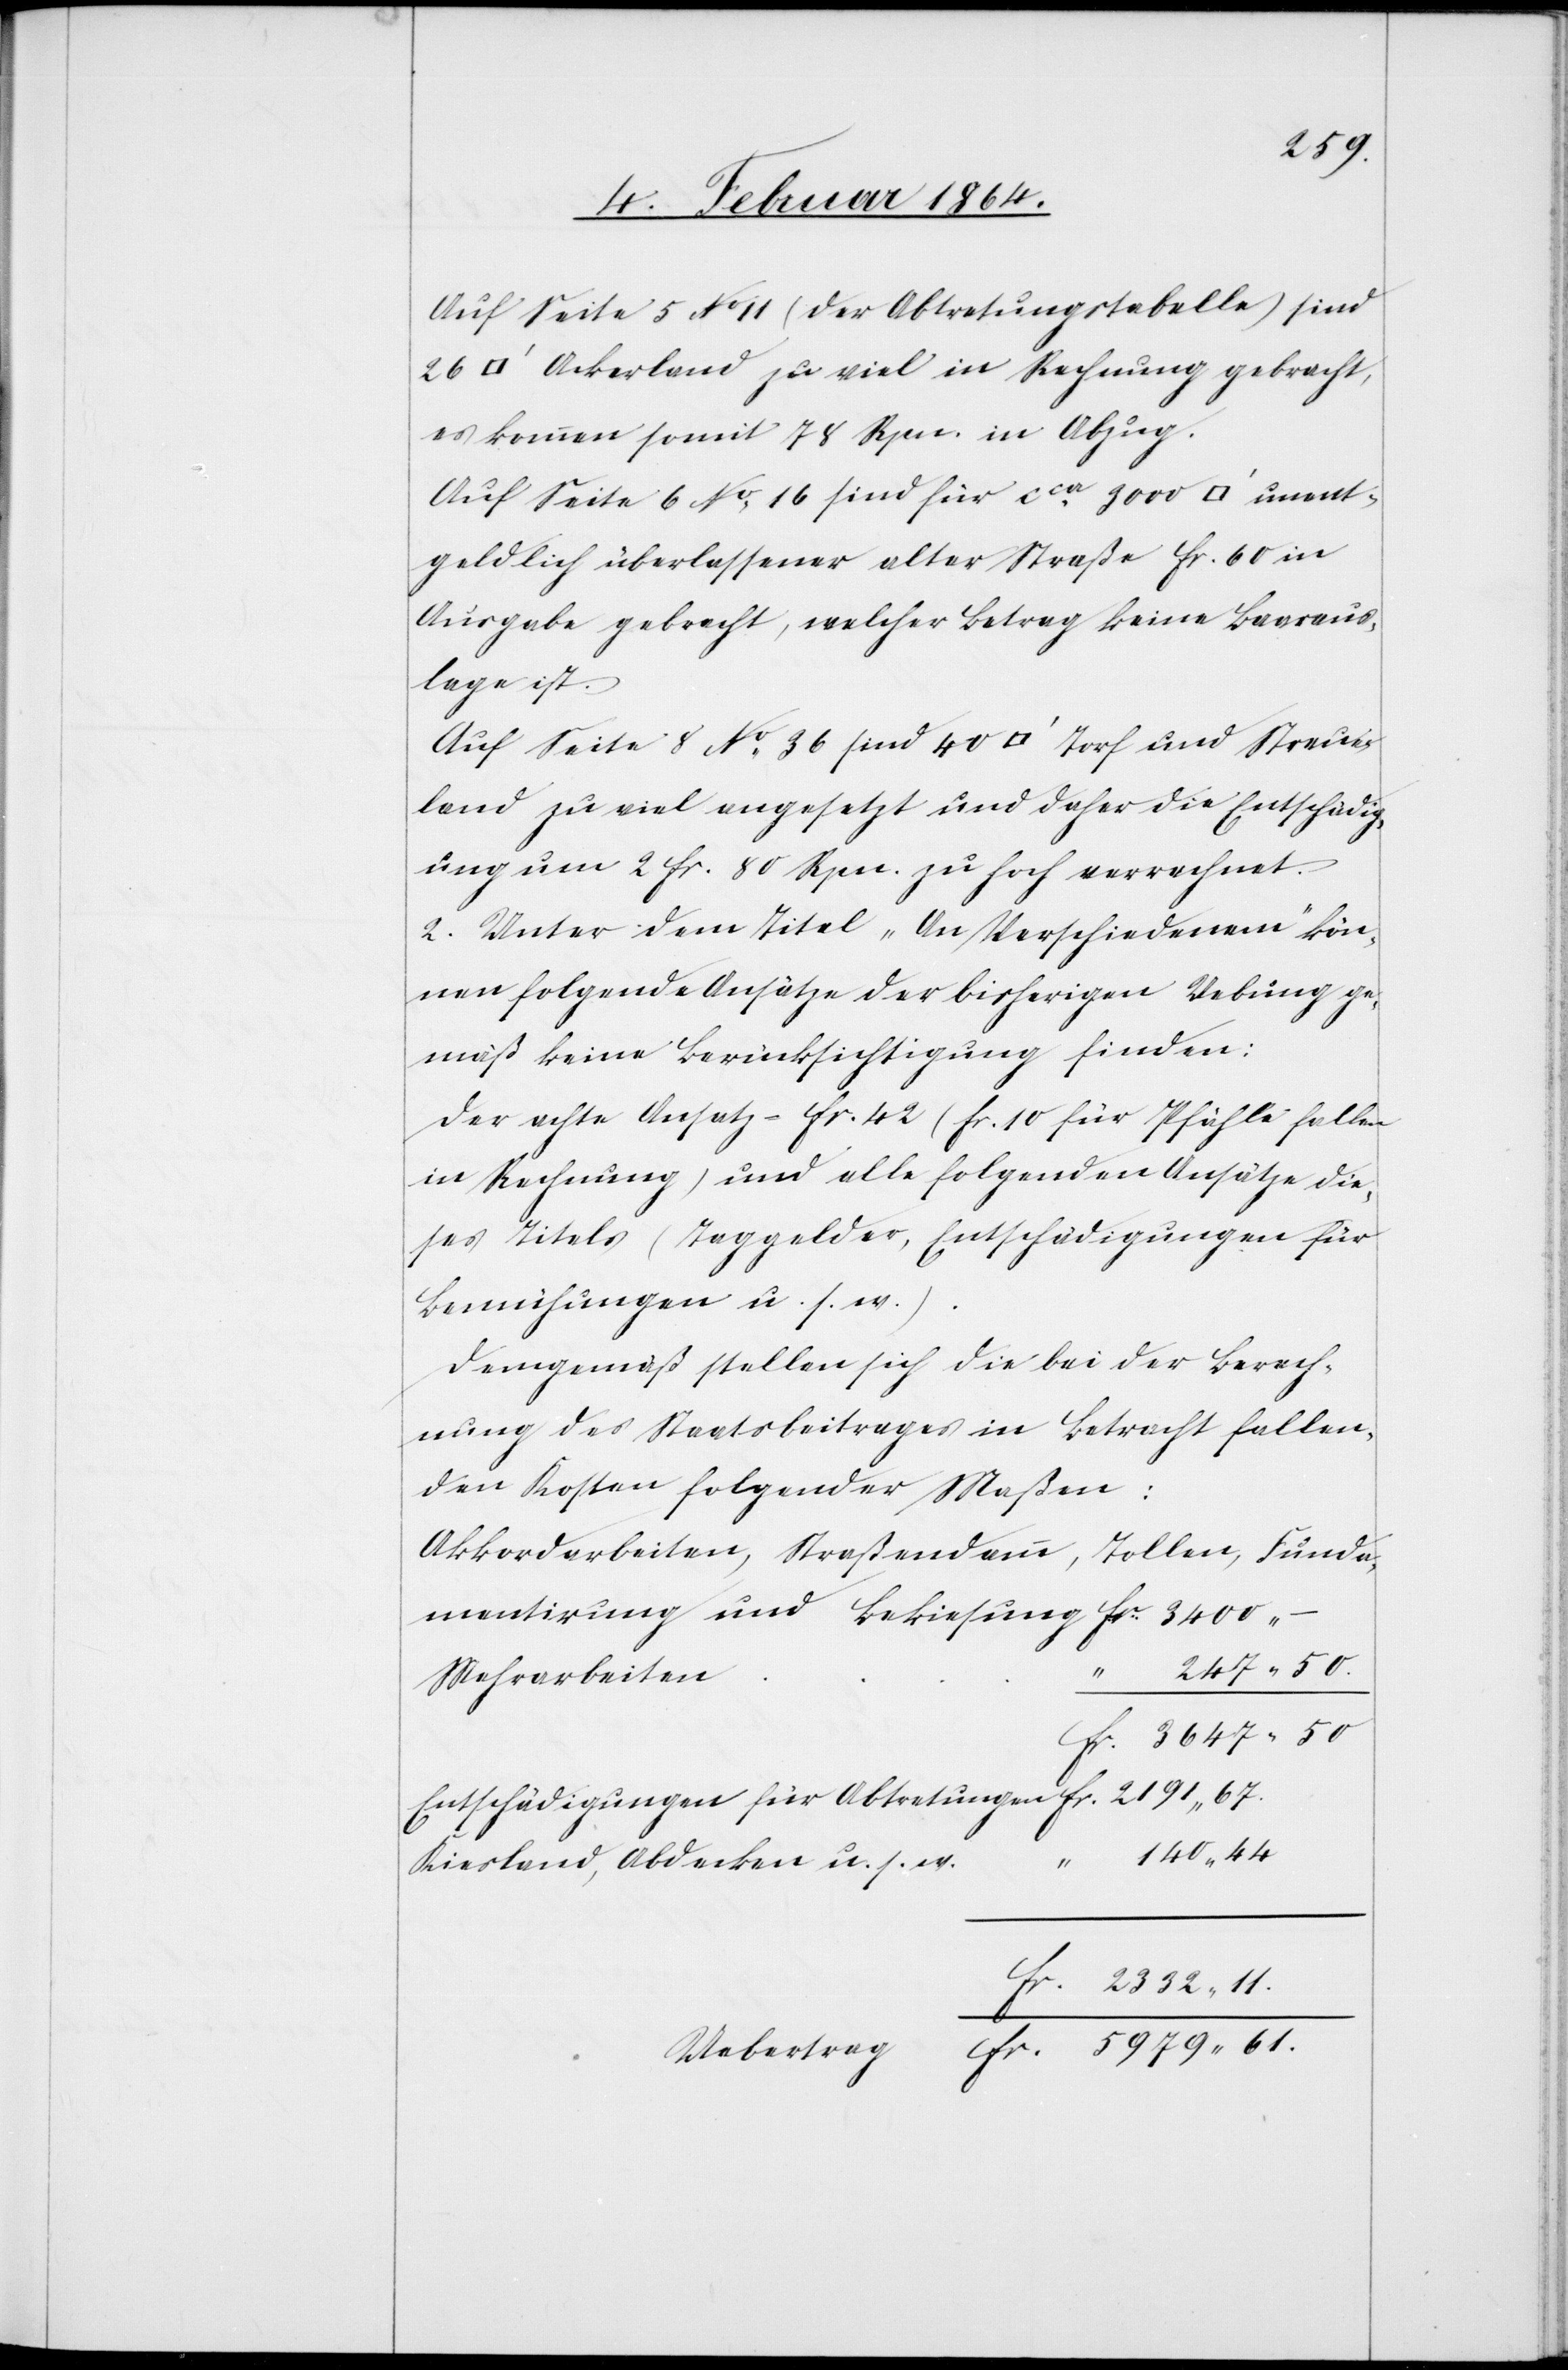
2191
Auf Seite 5 No 11 (der Abtretungstabelle) sind
Ackerland zu viel in Rechnung gebracht,
es kommen somit 78 Rpn. in Abzug.
Auf Seite 6 No 16 sind für cca 3000 [Quadrat¬
geldlich überlassener alter Straße fr. 60 in
Ausgabe gebracht, welcher Betrag keine Baaraus¬
lage ist.
Auf Seite 8 No 36 sind 40 [Quadratfuss] Torf und Streu¬
land zu viel angesetzt und daher die Entschädig¬
ung um 2 fr. 80 Rpn. zu hoch verrechnet.
2. Unter dem Titel „an Verschiedenem“ kön¬
nen folgende Ansätze der bisherigen Uebung ge¬
mäß keine Berücksichtigung finden:
Der achte Ansatz fr. 42 (fr. 10 für Pfähle fallen
in Rechnung) und alle folgenden Ansätze die¬
ses Titels (Taggelder, Entschädigungen für
Bemühungen u. s. w.).
Demgemäß stellen sich die bei der Berech¬
nung des Staatsbeitrages in Betracht fallen¬
den Kosten folgender Maßen:
Akkordarbeiten, Straßendamm, Tollen, Funda¬
mentirung und Bekiesung	fr. 3400
247 50.
fr. 3647 50
140 44
unent¬
Kiesland, Abdecken u. s.
fr. 2332 11